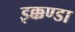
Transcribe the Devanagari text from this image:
इक्कण्डा